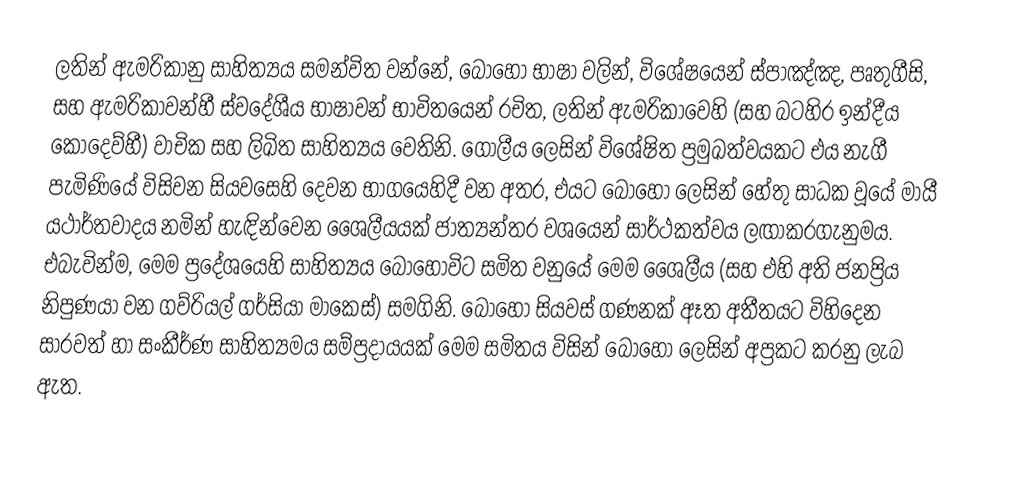
ලතින් ඇමරිකානු සාහිත්‍යය සමන්විත වන්නේ, බොහෝ භාෂා වලින්, විශේෂයෙන් ස්පාඤ්ඤ, පෘතුගීසි, සහ ඇමරිකාවන්හී ස්වදේශීය භාෂාවන් භාවිතයෙන් රචිත, ලතින් ඇමරිකාවෙහි (සහ බටහිර ඉන්දීය කොදෙව්හී) වාචික සහ ලිඛිත සාහිත්‍යය වෙතිනි. ගෝලීය ලෙසින් විශේෂිත ප්‍රමුඛත්වයකට එය නැගී පැමිණියේ විසිවන සියවසෙහි දෙවන භාගයෙහිදී වන අතර, එයට බොහෝ ලෙසින් හේතු සාධක වූයේ  මායී යථාර්තවාදය නමින් හැඳින්වෙන ශෛලීයයක් ජාත්‍යන්තර වශයෙන් සාර්ථකත්වය ලඟාකරගැනුමය.  එබැවින්ම, මෙම ප්‍රදේශයෙහි සාහිත්‍යය බොහෝවිට සමිත වනුයේ මෙම ශෛලීය (සහ එහි අති ජනප්‍රිය නිපුණයා වන ගව්රියල් ගර්සියා මාකෙස්) සමගිනි.  බොහෝ සියවස් ගණනක් ඈත අතීතයට විහිදෙන සාරවත් හා සංකීර්ණ සාහිත්‍යමය සම්ප්‍රදායයක් මෙම සමිතය විසින් බොහෝ ලෙසින් අප්‍රකට කරනු ලැබ ඇත.